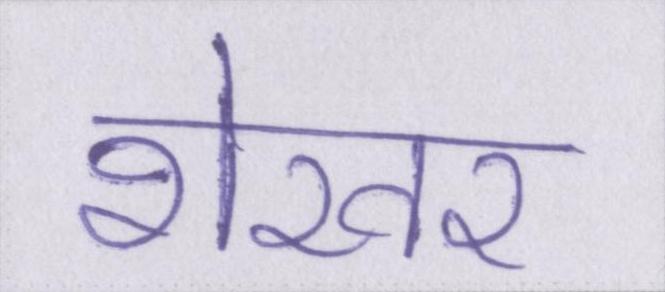
शेखर